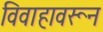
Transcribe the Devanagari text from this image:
विवाहावरून